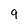
Character: 9